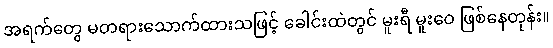
အရက်တွေ မတရားသောက်ထားသဖြင့် ခေါင်းထဲတွင် မူးရီ မူးဝေ ဖြစ်နေတုန်း။